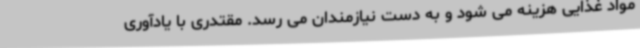
مواد غذایی هزینه می شود و به دست نیازمندان می رسد. مقتدری با یادآوری